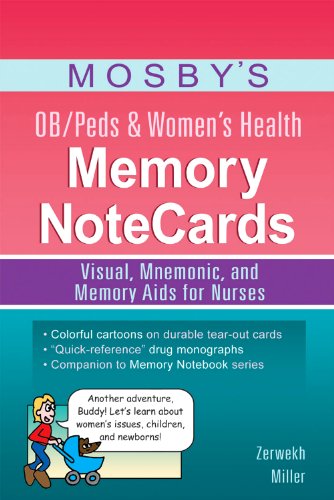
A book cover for Mosby's OB/Peds & Women's Health Memory NoteCards: Visual, Mnemonic, and Memory Aids for Nurses, 1e; JoAnn Zerwekh MSN  EdD  RN; Medical Books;